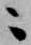
ニ